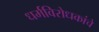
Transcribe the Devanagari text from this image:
धर्मविरोधकांचे